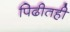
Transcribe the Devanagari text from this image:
पिढीतही